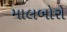
માલબોરો